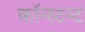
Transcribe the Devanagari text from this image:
कॉन्स्टन्ट